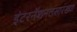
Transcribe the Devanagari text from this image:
इंटरनॅशनलसारख्या